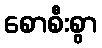
စောစီးစွာ